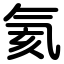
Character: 氦